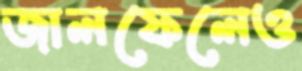
জালফেলেও